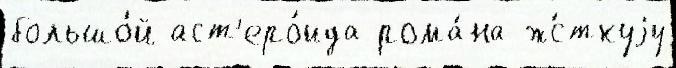
большо́й аст'еро́ида рома́на ж́сткуjу